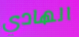
الهادي